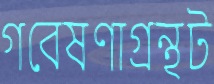
গবেষণাগ্রন্থট